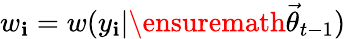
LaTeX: w_{\mathbf{i}}=w(y_{\mathbf{i}}|\ensuremath{{\vec{{\theta}}}}_{t-1})